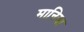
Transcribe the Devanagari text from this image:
मानिया